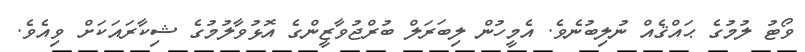
ވޯޓު ލުމުގެ ޙައްޤެއް ނުލިބުނެވެ. އެމީހުން ލިބަރަލް ބުރްޖުވާޒީންގެ އޮޅުވާލުމުގެ ޝިކާރައަކަށް ވިއެވެ.